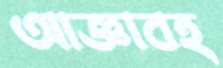
আজ্ঞাবহ